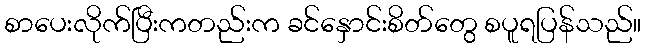
စာပေးလိုက်ပြီးကတည်းက ခင်နှောင်းစိတ်တွေ စပူရပြန်သည်။